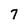
Character: 7